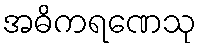
အဓိကရဏေသု